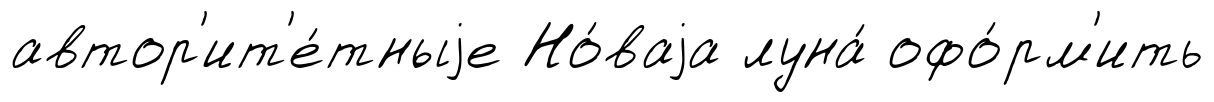
автор'ит'е́тныjе Но́ваjа луна́ офо́рм'ить